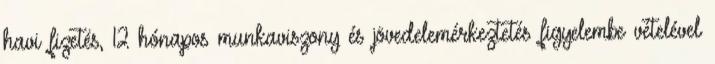
havi fizetés, 12 hónapos munkaviszony és jövedelemérkeztetés figyelembe vételével